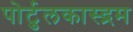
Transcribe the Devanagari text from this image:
पोर्टुलकास्द्रम